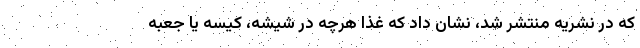
که در نشریه منتشر شد، نشان داد که غذا هرچه در شیشه، کیسه یا جعبه